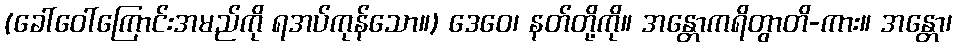
(ခေါ်ဝေါ်ကြောင်းအမည်ကို ရအပ်ကုန်သော။) ဒေဝေ၊ နတ်တို့ကို။ အန္တောကရိတွာတိ-ကား။ အန္တော၊